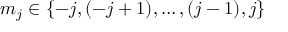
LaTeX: m _ { j } \in \{ - j , ( - j + 1 ) , \ldots , ( j - 1 ) , j \}